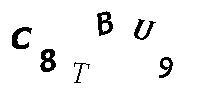
C8TBU9